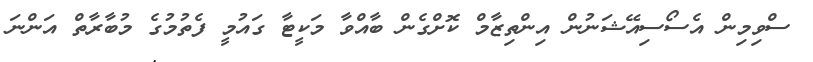
ސްވިމިން އެސޯސިއޭޝަނުން އިންތިޒާމް ކޮށްގެން ބާއްވާ މަކީޓާ ގައުމީ ފެތުމުގެ މުބާރާތް އަންނަ